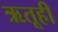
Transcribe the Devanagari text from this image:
ऋतूही